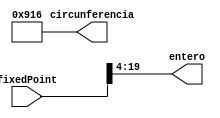
`timescale 1ns / 1ps
//////////////////////////////////////////////////////////////////////////////////
// Company: 
// Engineer: 
// 
// Design Name: 
// Module Name:    adapatadorEntero 
// Project Name: 
// Target Devices: 
// Tool versions: 
// Description: 
//
// Dependencies: 
//
// Revision: 
// Revision 0.01 - File Created
// Additional Comments: 
//
//////////////////////////////////////////////////////////////////////////////////
module adapatadorEntero(fixedPoint,entero,circunferencia);
input [23:0] fixedPoint;
output [15:0] entero;
output reg [15:0] circunferencia;

initial begin circunferencia = 2326;end


assign entero = fixedPoint[19:4];

endmodule